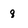
Character: q